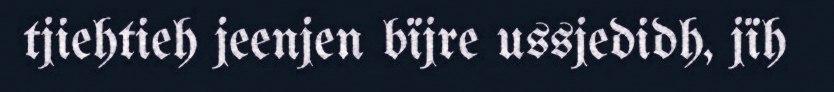
tjiehtieh jeenjen bïjre ussjedidh, jïh